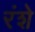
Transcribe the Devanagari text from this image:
रंशे